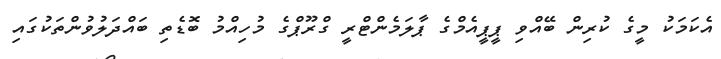
އެކަމަކު މީގެ ކުރިން ބޭއްވި ޕީޕީއެމްގެ ޕާލަމެންޓްރީ ގްރޫޕްގެ މުހިއްމު ބޮޑެތި ބައްދަލުވުންތަކުގައި